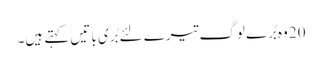
20 وہ بُرے لوگ تیرے لئے بُری با تیں کہتے ہیں۔